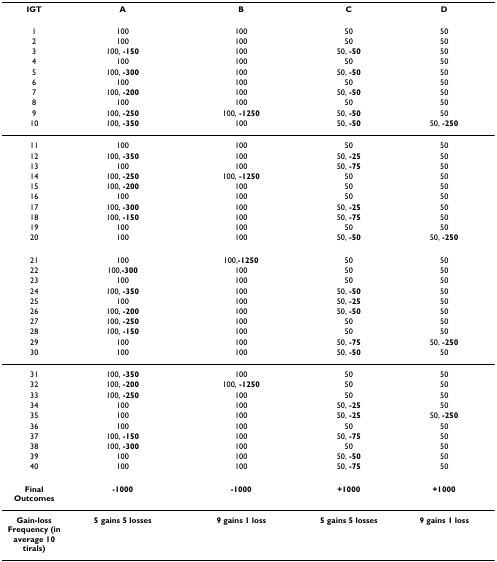
<table><thead><tr><td><b>IGT</b></td><td><b>A</b></td><td><b>B</b></td><td><b>C</b></td><td><b>D</b></td></tr></thead><tbody><tr><td>1</td><td>100</td><td>100</td><td>50</td><td>50</td></tr><tr><td>2</td><td>100</td><td>100</td><td>50</td><td>50</td></tr><tr><td>3</td><td>100, <b>-150</b></td><td>100</td><td>50, <b>-50</b></td><td>50</td></tr><tr><td>4</td><td>100</td><td>100</td><td>50</td><td>50</td></tr><tr><td>5</td><td>100, <b>-300</b></td><td>100</td><td>50, <b>-50</b></td><td>50</td></tr><tr><td>6</td><td>100</td><td>100</td><td>50</td><td>50</td></tr><tr><td>7</td><td>100, <b>-200</b></td><td>100</td><td>50, <b>-50</b></td><td>50</td></tr><tr><td>8</td><td>100</td><td>100</td><td>50</td><td>50</td></tr><tr><td>9</td><td>100, <b>-250</b></td><td>100, <b>-1250</b></td><td>50, <b>-50</b></td><td>50</td></tr><tr><td>10</td><td>100, <b>-350</b></td><td>100</td><td>50, <b>-50</b></td><td>50, <b>-250</b></td></tr><tr><td>11</td><td>100</td><td>100</td><td>50</td><td>50</td></tr><tr><td>12</td><td>100, <b>-350</b></td><td>100</td><td>50, <b>-25</b></td><td>50</td></tr><tr><td>13</td><td>100</td><td>100</td><td>50, <b>-75</b></td><td>50</td></tr><tr><td>14</td><td>100, <b>-250</b></td><td>100, <b>-1250</b></td><td>50</td><td>50</td></tr><tr><td>15</td><td>100, <b>-200</b></td><td>100</td><td>50</td><td>50</td></tr><tr><td>16</td><td>100</td><td>100</td><td>50</td><td>50</td></tr><tr><td>17</td><td>100, <b>-300</b></td><td>100</td><td>50, <b>-25</b></td><td>50</td></tr><tr><td>18</td><td>100, <b>-150</b></td><td>100</td><td>50, <b>-75</b></td><td>50</td></tr><tr><td>19</td><td>100</td><td>100</td><td>50</td><td>50</td></tr><tr><td>20</td><td>100</td><td>100</td><td>50, <b>-50</b></td><td>50, <b>-250</b></td></tr><tr><td>21</td><td>100</td><td>100,<b>-1250</b></td><td>50</td><td>50</td></tr><tr><td>22</td><td>100,<b>-300</b></td><td>100</td><td>50</td><td>50</td></tr><tr><td>23</td><td>100</td><td>100</td><td>50</td><td>50</td></tr><tr><td>24</td><td>100, <b>-350</b></td><td>100</td><td>50, <b>-50</b></td><td>50</td></tr><tr><td>25</td><td>100</td><td>100</td><td>50, <b>-25</b></td><td>50</td></tr><tr><td>26</td><td>100, <b>-200</b></td><td>100</td><td>50, <b>-50</b></td><td>50</td></tr><tr><td>27</td><td>100, <b>-250</b></td><td>100</td><td>50</td><td>50</td></tr><tr><td>28</td><td>100, <b>-150</b></td><td>100</td><td>50</td><td>50</td></tr><tr><td>29</td><td>100</td><td>100</td><td>50, <b>-75</b></td><td>50, <b>-250</b></td></tr><tr><td>30</td><td>100</td><td>100</td><td>50, <b>-50</b></td><td>50</td></tr><tr><td>31</td><td>100, <b>-350</b></td><td>100</td><td>50</td><td>50</td></tr><tr><td>32</td><td>100, <b>-200</b></td><td>100, <b>-1250</b></td><td>50</td><td>50</td></tr><tr><td>33</td><td>100, <b>-250</b></td><td>100</td><td>50</td><td>50</td></tr><tr><td>34</td><td>100</td><td>100</td><td>50, <b>-25</b></td><td>50</td></tr><tr><td>35</td><td>100</td><td>100</td><td>50, <b>-25</b></td><td>50, <b>-250</b></td></tr><tr><td>36</td><td>100</td><td>100</td><td>50</td><td>50</td></tr><tr><td>37</td><td>100, <b>-150</b></td><td>100</td><td>50, <b>-75</b></td><td>50</td></tr><tr><td>38</td><td>100, <b>-300</b></td><td>100</td><td>50</td><td>50</td></tr><tr><td>39</td><td>100</td><td>100</td><td>50, <b>-50</b></td><td>50</td></tr><tr><td>40</td><td>100</td><td>100</td><td>50, <b>-75</b></td><td>50</td></tr><tr><td><b>Final Outcomes</b></td><td><b>-1000</b></td><td><b>-1000</b></td><td><b>+1000</b></td><td><b>+1000</b></td></tr><tr><td><b>Gain-loss Frequency (in average 10 tirals)</b></td><td><b>5 gains 5 losses</b></td><td><b>9 gains 1 loss</b></td><td><b>5 gains 5 losses</b></td><td><b>9 gains 1 loss</b></td></tr></tbody></table>